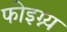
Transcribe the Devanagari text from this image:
फोइग्न्य